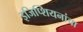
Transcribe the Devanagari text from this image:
इजिप्शियनांचा